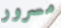
مسرور